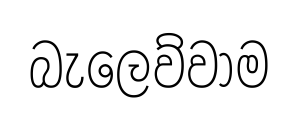
බැලෙව්වාම